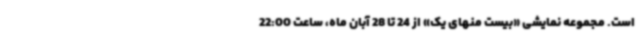
است. مجموعه نمایشی «بیست منهای یک» از 24 تا 28 آبان ماه، ساعت 22:00